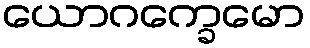
ယောဂက္ခေမော